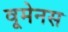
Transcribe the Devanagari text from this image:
वूमेनस